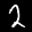
Digit: 2